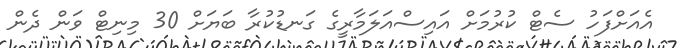
އެއަށްފަހު ސެޓް ކުރުމަށް އައިސްއަލަމާރީގެ ގަނޑުކުރާ ބަޔަށް 30 މިނިޓް ވަން ދެން